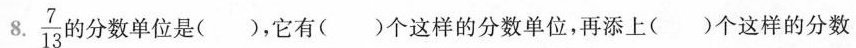
$$\frac{7}{13}$$ J分数单位是()，它有()个这样的分数单位，再添上()个这样的分数